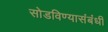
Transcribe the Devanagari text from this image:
सोडविण्यासंबंधी